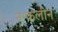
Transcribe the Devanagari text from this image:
नन्कलीन